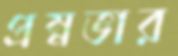
প্রম্নভার